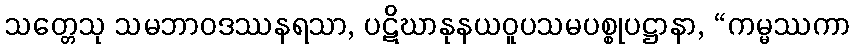
သတ္တေသု သမဘာဝဒဿနရသာ, ပဋိဃာနုနယဝူပသမပစ္စုပဋ္ဌာနာ, “ကမ္မဿကာ